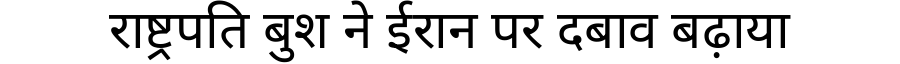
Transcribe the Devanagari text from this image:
राष्ट्रपति बुश ने ईरान पर दबाव बढ़ाया